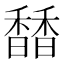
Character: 𩡐